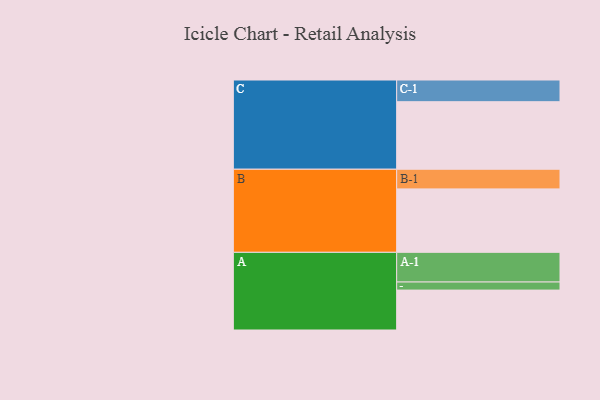
{"axis": {"x": "Segment", "y": "Value"}, "legend": ["", "A", "B", "C"], "data": [{"x": "A", "y": 331, "type": ""}, {"x": "B", "y": 526, "type": ""}, {"x": "C", "y": 560, "type": ""}, {"x": "A-1", "y": 246, "type": "A"}, {"x": "A-2", "y": 67, "type": "A"}, {"x": "B-1", "y": 163, "type": "B"}, {"x": "C-1", "y": 180, "type": "C"}]}